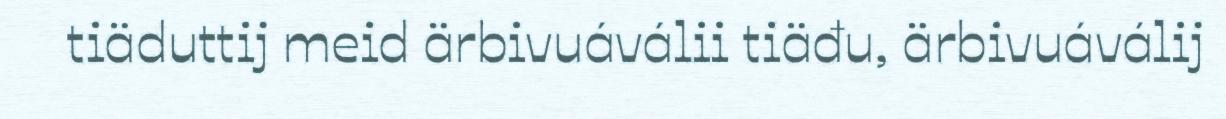
tiäduttij meid ärbivuáválii tiäđu, ärbivuáválij